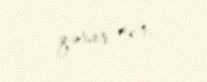
qərar ver.